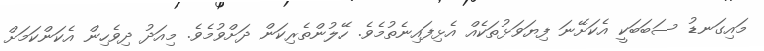
މައިގަނޑު ސަބަބަކީ އެކަށޭނަ ފިޔަވަޅުތަކެއް އެޅިފައިނެތުމެވެ. ހޭލުންތެރިކަން ދަށްވުމެވެ. މިއަދު ދިވެހިން އެކަންކަމަށް